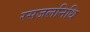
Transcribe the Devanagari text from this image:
रसजलनिधि